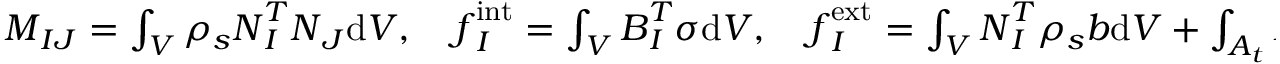
\begin{array} { r } { \boldsymbol { M } _ { I J } = \int _ { V } \rho _ { s } \boldsymbol { N } _ { I } ^ { T } \boldsymbol { N } _ { J } \mathrm { d } V , \quad \boldsymbol { f } _ { I } ^ { \mathrm { i n t } } = \int _ { V } \boldsymbol { B } _ { I } ^ { T } \boldsymbol { \sigma } \mathrm { d } V , \quad \boldsymbol { f } _ { I } ^ { \mathrm { e x t } } = \int _ { V } \boldsymbol { N } _ { I } ^ { T } \rho _ { s } \boldsymbol { b } \mathrm { d } V + \int _ { A _ { t } } \boldsymbol { N } _ { I } ^ { T } \boldsymbol { \bar { t } } \mathrm { d } A , } \end{array}